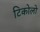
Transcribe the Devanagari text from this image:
टिकोलो